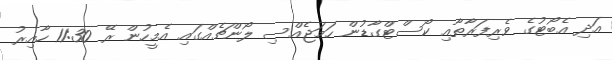
އަދި އެބޯޓުގެ ވެރިފަރާތާއި ކޯސްޓްގާޑުން ހަމަޖެއްސި ލޯންޗެއްގައި އެމީހުން ރޭ 11:30 ހާއިރު